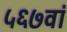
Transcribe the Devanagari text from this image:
५६७वां